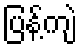
ပြန့်ကျဲ